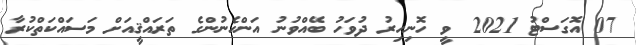
07 އޮގަސްޓު 2021 ވީ ހޮނިހިރު ދުވަހު ބޭއްވުނު އަންހެނުންގެ ތަރައްޤީއަށް މަސައްކަތްކުރާ